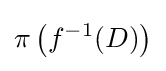
\pi \left(f^{-1}(D)\right)